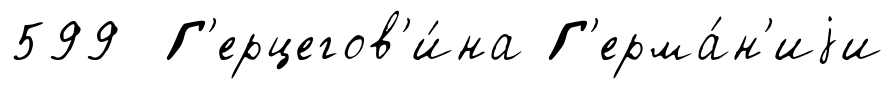
599 Г'ерцегов'и́на Г'ерма́н'иjи